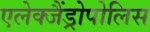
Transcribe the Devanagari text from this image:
एलेक्जैंड्रोपोलिस